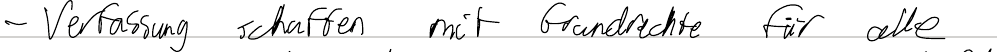
- Verfassung schaffen mit Grundrechte für alle